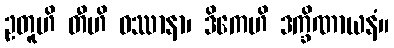
ဥတူဟိ တီဟိ ဝဿာနာ၊ ဒိကေဟိ ဒက္ခိဏာယနံ။